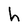
Character: h